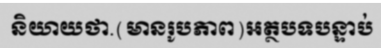
និយាយថា.(មានរូបភាព)អត្ថបទបន្ទាប់